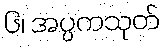
၆၊ အပ္ပကသုတ်